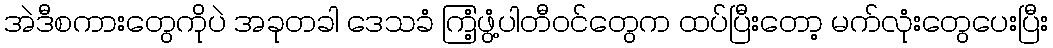
အဲဒီစကားတွေကိုပဲ အခုတခါ ဒေသခံ ကြံ့ဖွံ့ပါတီဝင်တွေက ထပ်ပြီးတော့ မက်လုံးတွေပေးပြီး